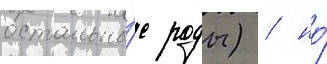
остальны́е роды) / но́